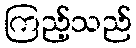
ကြည့်သည်